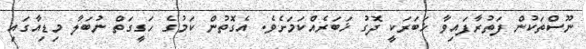
ނޫސްތަކުން ފަތުރާފައިވާ ޚަބަރަކީ ދޮގު ޚަބަރެއްކަމަށެވެ. އެގޮތުން ކަމުގެ ހަގީގަތް ނުބަލާ މިޑިއާގައި